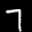
Label: 7